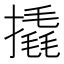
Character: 撬